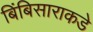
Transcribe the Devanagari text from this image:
बिंबिसाराकडे